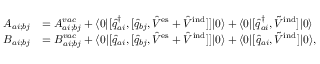
\begin{array} { r l } { A _ { a i ; b j } } & { = A _ { a i ; b j } ^ { v a c } + \langle 0 \vert [ \hat { q } _ { a i } ^ { \dagger } , [ \hat { q } _ { b j } , \hat { V } ^ { \mathrm { e s } } + \hat { V } ^ { \mathrm { i n d } } ] ] \vert 0 \rangle + \langle 0 \vert [ \hat { q } _ { a i } ^ { \dagger } , \tilde { V } ^ { \mathrm { i n d } } ] \vert 0 \rangle } \\ { B _ { a i ; b j } } & { = B _ { a i ; b j } ^ { v a c } + \langle 0 \vert [ \hat { q } _ { a i } , [ \hat { q } _ { b j } , \hat { V } ^ { \mathrm { e s } } + \hat { V } ^ { \mathrm { i n d } } ] ] \vert 0 \rangle + \langle 0 \vert [ \hat { q } _ { a i } , \tilde { V } ^ { \mathrm { i n d } } ] \vert 0 \rangle , } \end{array}